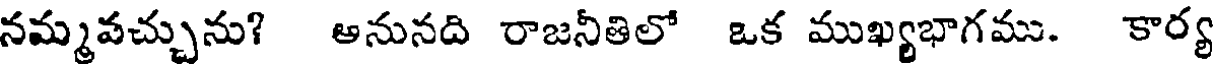
నమ్మవచ్చును? ఆనునది రాజనీతిలో ఒక ముఖ్యభాగము. కార్య